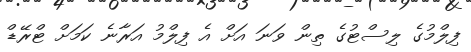
ފިލްމުގެ ލިސްޓުގެ ތިން ވަނަ އަށް އެ ފިލްމު އަރާނެ ކަމަށް ޓްރޭޑް